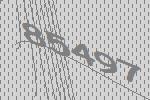
85497